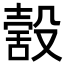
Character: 𣪸